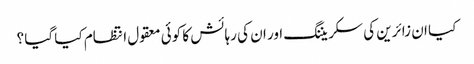
کیا ان زائرین کی سکریننگ اور ان کی رہائش کا کوئی معقول انتظام کیا گیا ؟